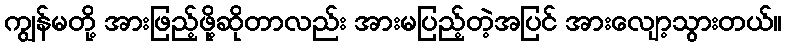
ကျွန်မတို့ အားဖြည့်ဖို့ဆိုတာလည်း အားမပြည့်တဲ့အပြင် အားလျော့သွားတယ်။